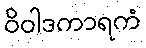
ဝိဝါဒကာရကံ